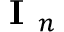
{ \textbf { I } } _ { n }